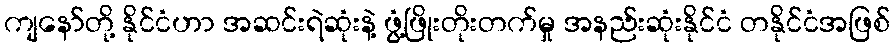
ကျနော်တို့ နိုင်ငံဟာ အဆင်းရဲဆုံးနဲ့ ဖွံ့ဖြိုးတိုးတက်မှု အနည်းဆုံးနိုင်ငံ တနိုင်ငံအဖြစ်